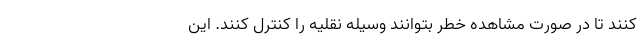
کنند تا در صورت مشاهده خطر بتوانند وسیله نقلیه را کنترل کنند. این